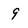
Character: 9